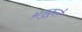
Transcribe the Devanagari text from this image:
अनुकूले